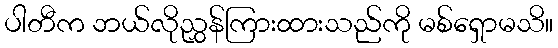
ပါတီက ဘယ်လိုညွှန်ကြားထားသည်ကို မစ်ရှောမသိ။